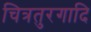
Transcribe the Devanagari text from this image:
चित्रतुरगादि